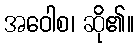
အဝေါစ၊ ဆို၏။